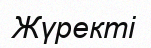
Жүректі